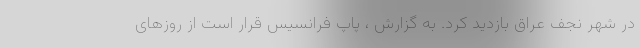
در شهر نجف عراق بازدید کرد. به گزارش ، پاپ فرانسیس قرار است از روزهای